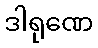
ဒါရုဏေ